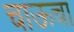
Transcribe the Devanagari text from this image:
चाऊचा